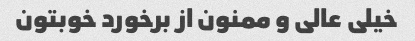
خیلی عالی و ممنون از برخورد خوبتون